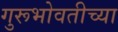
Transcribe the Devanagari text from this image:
गुरूभोवतीच्या